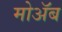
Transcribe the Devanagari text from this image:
मोॲब